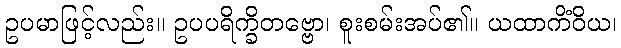
ဥပမာဖြင့်လည်း။ ဥပပရိက္ခိတဗ္ဗော၊ စူးစမ်းအပ်၏။ ယထာကိံဝိယ၊